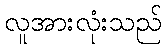
လူအားလုံးသည်